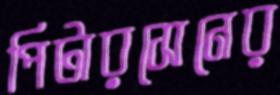
পিটারসেনের